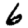
Digit: 6